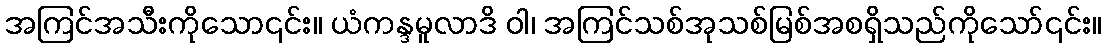
အကြင်အသီးကိုသော၎င်း။ ယံကန္ဒမူလာဒိ ဝါ၊ အကြင်သစ်အုသစ်မြစ်အစရှိသည်ကိုသော်၎င်း။